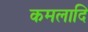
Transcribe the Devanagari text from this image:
कमलादि